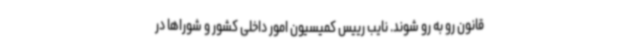
قانون رو به رو شوند. نایب رییس کمیسیون امور داخلی کشور و شوراها در